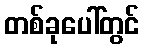
တစ်ခုပေါ်တွင်